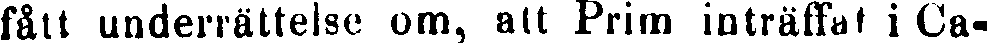
fått underrättelse om, att Prim inträffat i Ca-